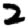
Digit: 2